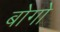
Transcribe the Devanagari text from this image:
बोगो